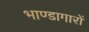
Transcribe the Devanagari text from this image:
भाण्डागारों